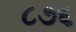
૮૭૬